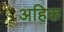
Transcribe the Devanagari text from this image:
अहिक